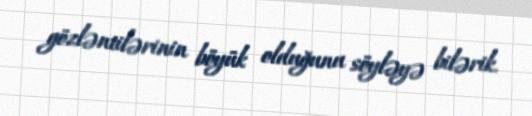
gözləntilərinin böyük olduğunu söyləyə bilərik.